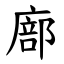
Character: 廍